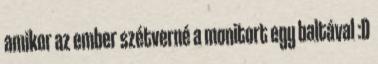
amikor az ember szétverné a monitort egy baltával :D